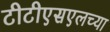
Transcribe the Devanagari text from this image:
टीटीएसएलच्या